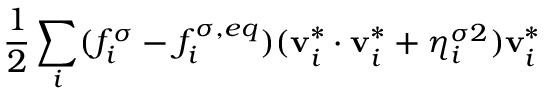
\frac { 1 } { 2 } \sum _ { i } ( f _ { i } ^ { \sigma } - f _ { i } ^ { \sigma , e q } ) ( \mathbf { v } _ { i } ^ { * } \cdot \mathbf { v } _ { i } ^ { * } + \eta _ { i } ^ { \sigma 2 } ) \mathbf { v } _ { i } ^ { * }